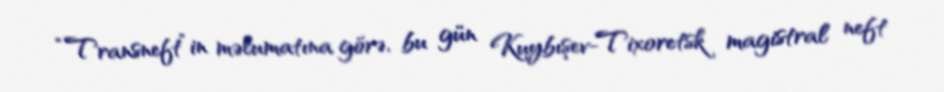
“Transneft”in məlumatına görə, bu gün Kuybışev-Tixoretsk magistral neft